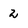
Character: 2